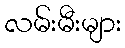
လမ်းမီးများ